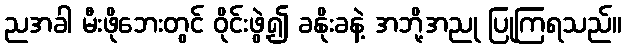
ညအခါ မီးဖိုဘေးတွင် ဝိုင်းဖွဲ့၍ ခနိုးခနဲ့ အဘို့အညု ပြုကြရသည်။